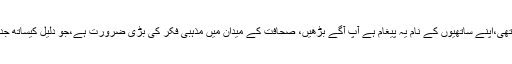
ہمارے سیکھنے کی یہ مختصر روداد تھی،اپنے ساتھیوں کے نام یہ پیغام ہے آپ آگے بڑھیں، صحافت کے میدان میں مذہبی فکر کی بڑی ضرورت ہے،جو دلیل کیساتھ جدید پیرائے میں اپنا مدعا سامنے رکھیں۔